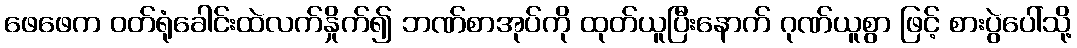
ဖေဖေက ဝတ်ရုံခေါင်းထဲလက်နှိုက်၍ ဘဏ်စာအုပ်ကို ထုတ်ယူပြီးနောက် ဂုဏ်ယူစွာ ဖြင့် စားပွဲပေါ်သို့